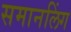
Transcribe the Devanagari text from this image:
समानलिंग